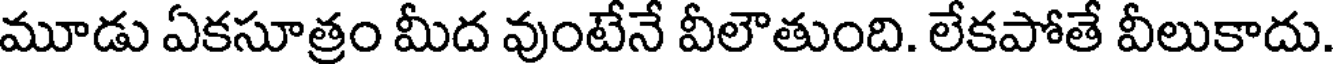
మూడు ఏకసూత్రం మీద వుంటేనే వీలౌతుంది. లేకపోతే వీలుకాదు.